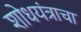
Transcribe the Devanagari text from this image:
शोधयंत्राचा